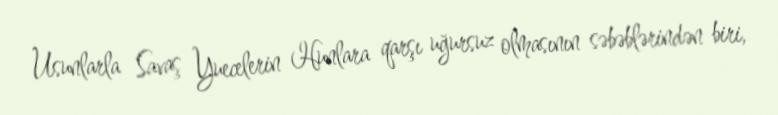
Usunlarla Savaş Yuecelerin Hunlara qarşı uğursuz olmasının səbəblərindən biri,